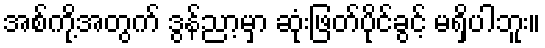
အစ်ကို့အတွက် ဒွန်ညာ့မှာ ဆုံးဖြတ်ပိုင်ခွင့် မရှိပါဘူး။